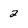
Character: 2